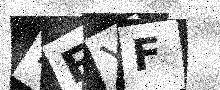
Text: REYF